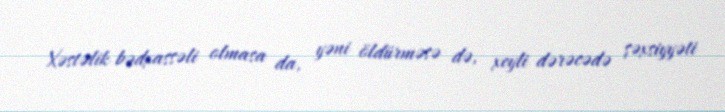
Xəstəlik bədxassəli olmasa da, yəni öldürməsə də, xeyli dərəcədə şəxsiyyəti